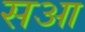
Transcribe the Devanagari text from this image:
सआ